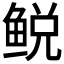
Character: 𫚛